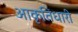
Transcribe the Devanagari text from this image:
आकृतिधारी